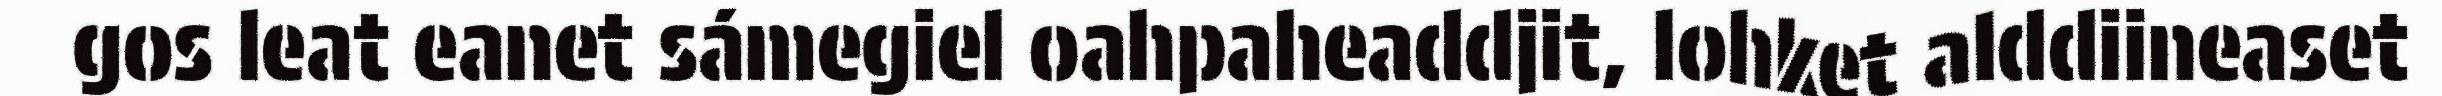
gos leat eanet sámegiel oahpaheaddjit, lohket alddiineaset